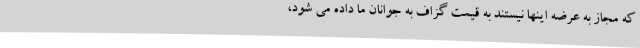
که مجاز به عرضه اینها نیستند به قیمت گزاف به جوانان ما داده می ‌شود،